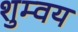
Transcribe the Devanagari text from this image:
शुम्वय